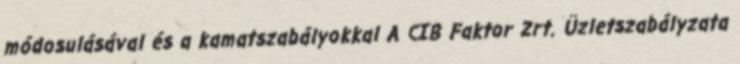
módosulásával és a kamatszabályokkal A CIB Faktor Zrt. Üzletszabályzata